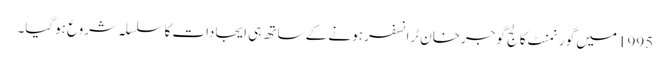
1995میں گورنمنٹ کالج گوجرخان ٹرانسفر ہونے کے ساتھ ہی ایجادات کا سلسلہ شروع ہوگیا۔